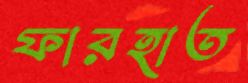
ফারহাত